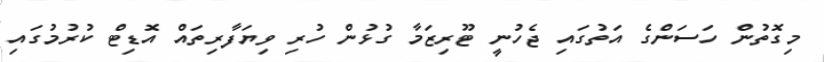
މިގޮތުން ހަސަންގެ އަތުގައި ޖެހުނީ ޓޫރިޒަމާ ގުޅުން ހުރި ވިޔަފާރިތައް އޮޑިޓް ކުރުމުގައި